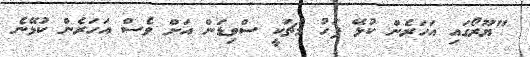
"ޔޫރޯގައި އަހަރެން ކުޅޭ ފަހު މެޗަކީ ސްވިޑަން އަށް ވެސް އަހަރެން ކުޅޭނެ